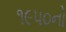
૧૯૫૦નો